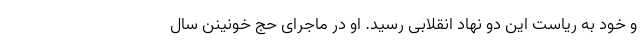
و خود به ریاست این دو نهاد انقلابی رسید. او در ماجرای حج خونینن سال